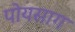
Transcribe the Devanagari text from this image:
पोयसाग